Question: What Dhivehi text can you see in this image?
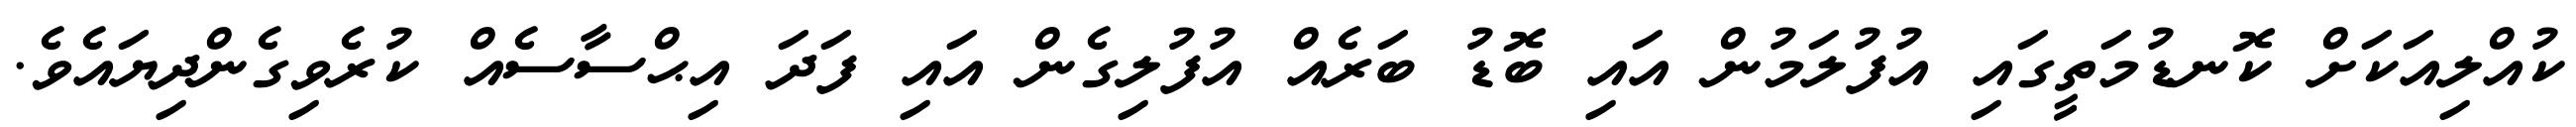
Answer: ކުއްލިއަކަށް ކޮނޑުމަތީގައި އުފުލަމުން އައި ބޮޑު ބަރެއް އުފުލިގެން އައި ފަދަ އިޙްސާސެއް ކުރެވިގެންދިޔައެވެ.